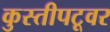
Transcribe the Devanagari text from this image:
कुस्तीपटूवर